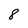
Character: 8